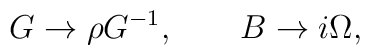
G \rightarrow \rho G^{-1}, \qquad B \rightarrow i\Omega,